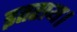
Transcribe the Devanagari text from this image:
इतराय।